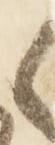
候